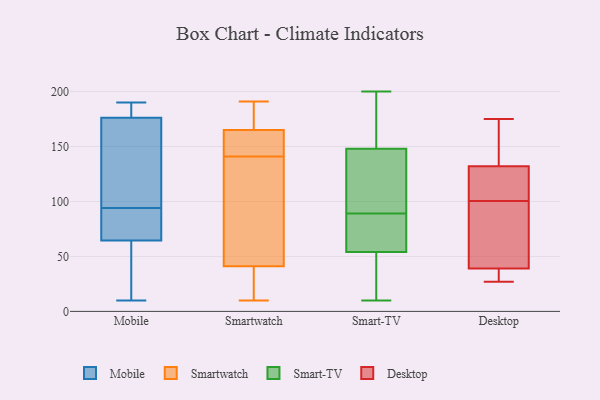
{"axis": {"x": "Budget (USD K)", "y": "Value"}, "legend": ["Desktop", "Mobile", "Smart-TV", "Smartwatch"], "data": [{"x": "", "y": 94, "type": "Mobile"}, {"x": "", "y": 162, "type": "Mobile"}, {"x": "", "y": 183, "type": "Mobile"}, {"x": "", "y": 61, "type": "Mobile"}, {"x": "", "y": 186, "type": "Mobile"}, {"x": "", "y": 10, "type": "Mobile"}, {"x": "", "y": 52, "type": "Mobile"}, {"x": "", "y": 148, "type": "Mobile"}, {"x": "", "y": 124, "type": "Mobile"}, {"x": "", "y": 75, "type": "Mobile"}, {"x": "", "y": 190, "type": "Mobile"}, {"x": "", "y": 87, "type": "Mobile"}, {"x": "", "y": 181, "type": "Mobile"}, {"x": "", "y": 31, "type": "Mobile"}, {"x": "", "y": 90, "type": "Mobile"}, {"x": "", "y": 16, "type": "Smartwatch"}, {"x": "", "y": 135, "type": "Smartwatch"}, {"x": "", "y": 147, "type": "Smartwatch"}, {"x": "", "y": 191, "type": "Smartwatch"}, {"x": "", "y": 166, "type": "Smartwatch"}, {"x": "", "y": 165, "type": "Smartwatch"}, {"x": "", "y": 14, "type": "Smartwatch"}, {"x": "", "y": 149, "type": "Smartwatch"}, {"x": "", "y": 41, "type": "Smartwatch"}, {"x": "", "y": 150, "type": "Smartwatch"}, {"x": "", "y": 77, "type": "Smartwatch"}, {"x": "", "y": 10, "type": "Smartwatch"}, {"x": "", "y": 188, "type": "Smartwatch"}, {"x": "", "y": 96, "type": "Smartwatch"}, {"x": "", "y": 148, "type": "Smart-TV"}, {"x": "", "y": 33, "type": "Smart-TV"}, {"x": "", "y": 78, "type": "Smart-TV"}, {"x": "", "y": 68, "type": "Smart-TV"}, {"x": "", "y": 138, "type": "Smart-TV"}, {"x": "", "y": 55, "type": "Smart-TV"}, {"x": "", "y": 162, "type": "Smart-TV"}, {"x": "", "y": 200, "type": "Smart-TV"}, {"x": "", "y": 169, "type": "Smart-TV"}, {"x": "", "y": 54, "type": "Smart-TV"}, {"x": "", "y": 100, "type": "Smart-TV"}, {"x": "", "y": 105, "type": "Smart-TV"}, {"x": "", "y": 10, "type": "Smart-TV"}, {"x": "", "y": 45, "type": "Smart-TV"}, {"x": "", "y": 27, "type": "Desktop"}, {"x": "", "y": 175, "type": "Desktop"}, {"x": "", "y": 136, "type": "Desktop"}, {"x": "", "y": 137, "type": "Desktop"}, {"x": "", "y": 29, "type": "Desktop"}, {"x": "", "y": 42, "type": "Desktop"}, {"x": "", "y": 36, "type": "Desktop"}, {"x": "", "y": 95, "type": "Desktop"}, {"x": "", "y": 106, "type": "Desktop"}, {"x": "", "y": 128, "type": "Desktop"}, {"x": "", "y": 122, "type": "Desktop"}, {"x": "", "y": 54, "type": "Desktop"}]}